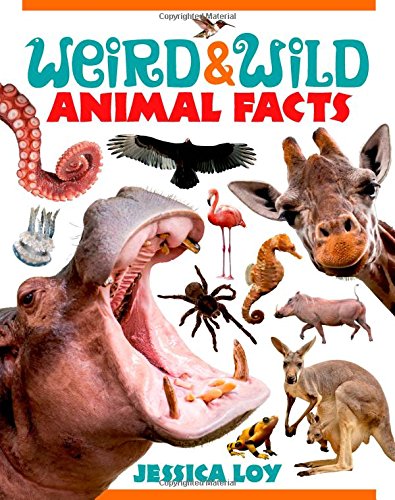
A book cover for Weird & Wild Animal Facts; Jessica Loy; Children's Books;